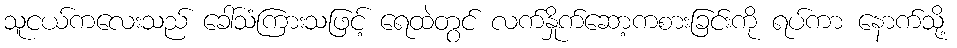
သူငယ်ကလေးသည် ခေါ်သံကြားသဖြင့် ရေထဲတွင် လက်နှိုက်ဆော့ကစားခြင်းကို ရပ်ကာ နောက်သို့